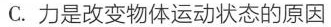
C. 力是改变物体运动状态的原因